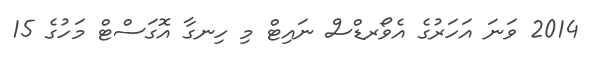
2014 ވަނަ އަހަރުގެ އެވޯރޑްސް ނައިޓް މި ހިނގާ އޮގަސްޓް މަހުގެ 15